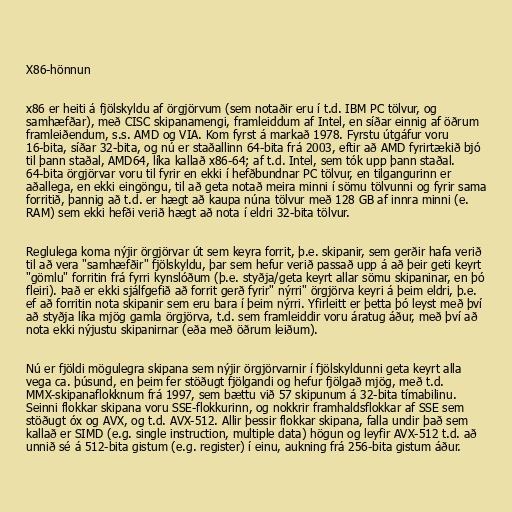
X86-hönnun

x86 er heiti á fjölskyldu af örgjörvum (sem notaðir eru í t.d. IBM PC tölvur, og
samhæfðar), með CISC skipanamengi, framleiddum af Intel, en síðar einnig af öðrum
framleiðendum, s.s. AMD og VIA. Kom fyrst á markað 1978. Fyrstu útgáfur voru
16-bita, síðar 32-bita, og nú er staðallinn 64-bita frá 2003, eftir að AMD fyrirtækið bjó
til þann staðal, AMD64, líka kallað x86-64; af t.d. Intel, sem tók upp þann staðal.
64-bita örgjörvar voru til fyrir en ekki í hefðbundnar PC tölvur, en tilgangurinn er
aðallega, en ekki eingöngu, til að geta notað meira minni í sömu tölvunni og fyrir sama
forritið, þannig að t.d. er hægt að kaupa núna tölvur með 128 GB af innra minni (e.
RAM) sem ekki hefði verið hægt að nota í eldri 32-bita tölvur.

Reglulega koma nýjir örgjörvar út sem keyra forrit, þ.e. skipanir, sem gerðir hafa verið
til að vera "samhæfðir" fjölskyldu, þar sem hefur verið passað upp á að þeir geti keyrt
"gömlu" forritin frá fyrri kynslóðum (þ.e. styðja/geta keyrt allar sömu skipaninar, en þó
fleiri). Það er ekki sjálfgefið að forrit gerð fyrir" nýrri" örgjörva keyri á þeim eldri, þ.e.
ef að forritin nota skipanir sem eru bara í þeim nýrri. Yfirleitt er þetta þó leyst með því
að styðja líka mjög gamla örgjörva, t.d. sem framleiddir voru áratug áður, með því að
nota ekki nýjustu skipanirnar (eða með öðrum leiðum).

Nú er fjöldi mögulegra skipana sem nýjir örgjörvarnir í fjölskyldunni geta keyrt alla
vega ca. þúsund, en þeim fer stöðugt fjölgandi og hefur fjölgað mjög, með t.d.
MMX-skipanaflokknum frá 1997, sem bættu við 57 skipunum á 32-bita tímabilinu.
Seinni flokkar skipana voru SSE-flokkurinn, og nokkrir framhaldsflokkar af SSE sem
stöðugt óx og AVX, og t.d. AVX-512. Allir þessir flokkar skipana, falla undir það sem
kallað er SIMD (e.g. single instruction, multiple data) högun og leyfir AVX-512 t.d. að
unnið sé á 512-bita gistum (e.g. register) í einu, aukning frá 256-bita gistum áður.